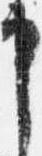
申